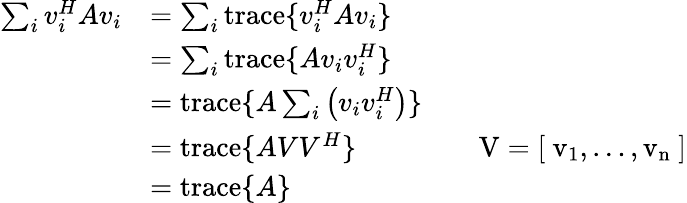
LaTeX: \begin{array}{rlrl}{\sum_{i}v_{i}^{H}Av_{i}}&{=\sum_{i}\mathrm{trace}\{ v_{i}^{H}Av_{i}\} }\\ &{=\sum_{i}\mathrm{trace}\{ Av_{i}v_{i}^{H}\} }\\ &{=\mathrm{trace}\{ A\sum_{i}\left(v_{i}v_{i}^{H}\right)\} }\\ &{=\mathrm{trace}\{ AVV^{H}\} }&&{\mathrm{V=[~v_1,\dots,v_n~]}}\\ &{=\mathrm{trace}\{ A\} }\end{array}